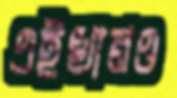
এইখানও